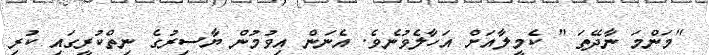
"މަންމަ ނާދޭތަ " ކެމީލާއަށް އަހާލެވުނެވެ. އެނަން އިވުމުން ޔާސިރުގެ ނިތްކުރީގައި ކުރި